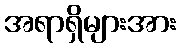
အရာရှိများအား